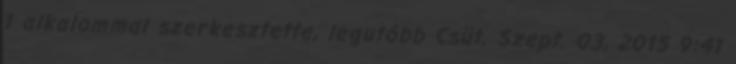
1 alkalommal szerkesztette, legutóbb Csüt. Szept. 03, 2015 9:41